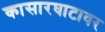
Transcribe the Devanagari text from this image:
कासारघाटावर